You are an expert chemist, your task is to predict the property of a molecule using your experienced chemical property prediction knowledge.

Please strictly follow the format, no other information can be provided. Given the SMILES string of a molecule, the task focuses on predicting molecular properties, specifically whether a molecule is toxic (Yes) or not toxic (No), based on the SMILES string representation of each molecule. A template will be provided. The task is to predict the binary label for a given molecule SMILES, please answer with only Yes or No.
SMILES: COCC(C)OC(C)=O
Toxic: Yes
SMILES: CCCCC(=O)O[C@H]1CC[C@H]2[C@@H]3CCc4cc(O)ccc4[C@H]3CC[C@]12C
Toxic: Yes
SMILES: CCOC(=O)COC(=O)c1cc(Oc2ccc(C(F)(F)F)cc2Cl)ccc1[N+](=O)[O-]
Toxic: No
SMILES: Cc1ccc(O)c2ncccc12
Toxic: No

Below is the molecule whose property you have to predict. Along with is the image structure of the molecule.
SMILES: O=C(CN1CCN(Cc2ccc3c(c2)OCO3)CC1)N1c2ccccc2Sc2ccccc21
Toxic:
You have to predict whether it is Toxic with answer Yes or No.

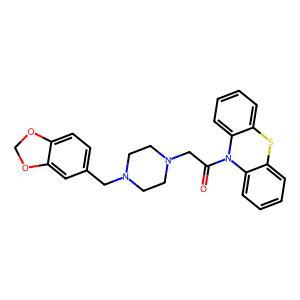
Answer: No